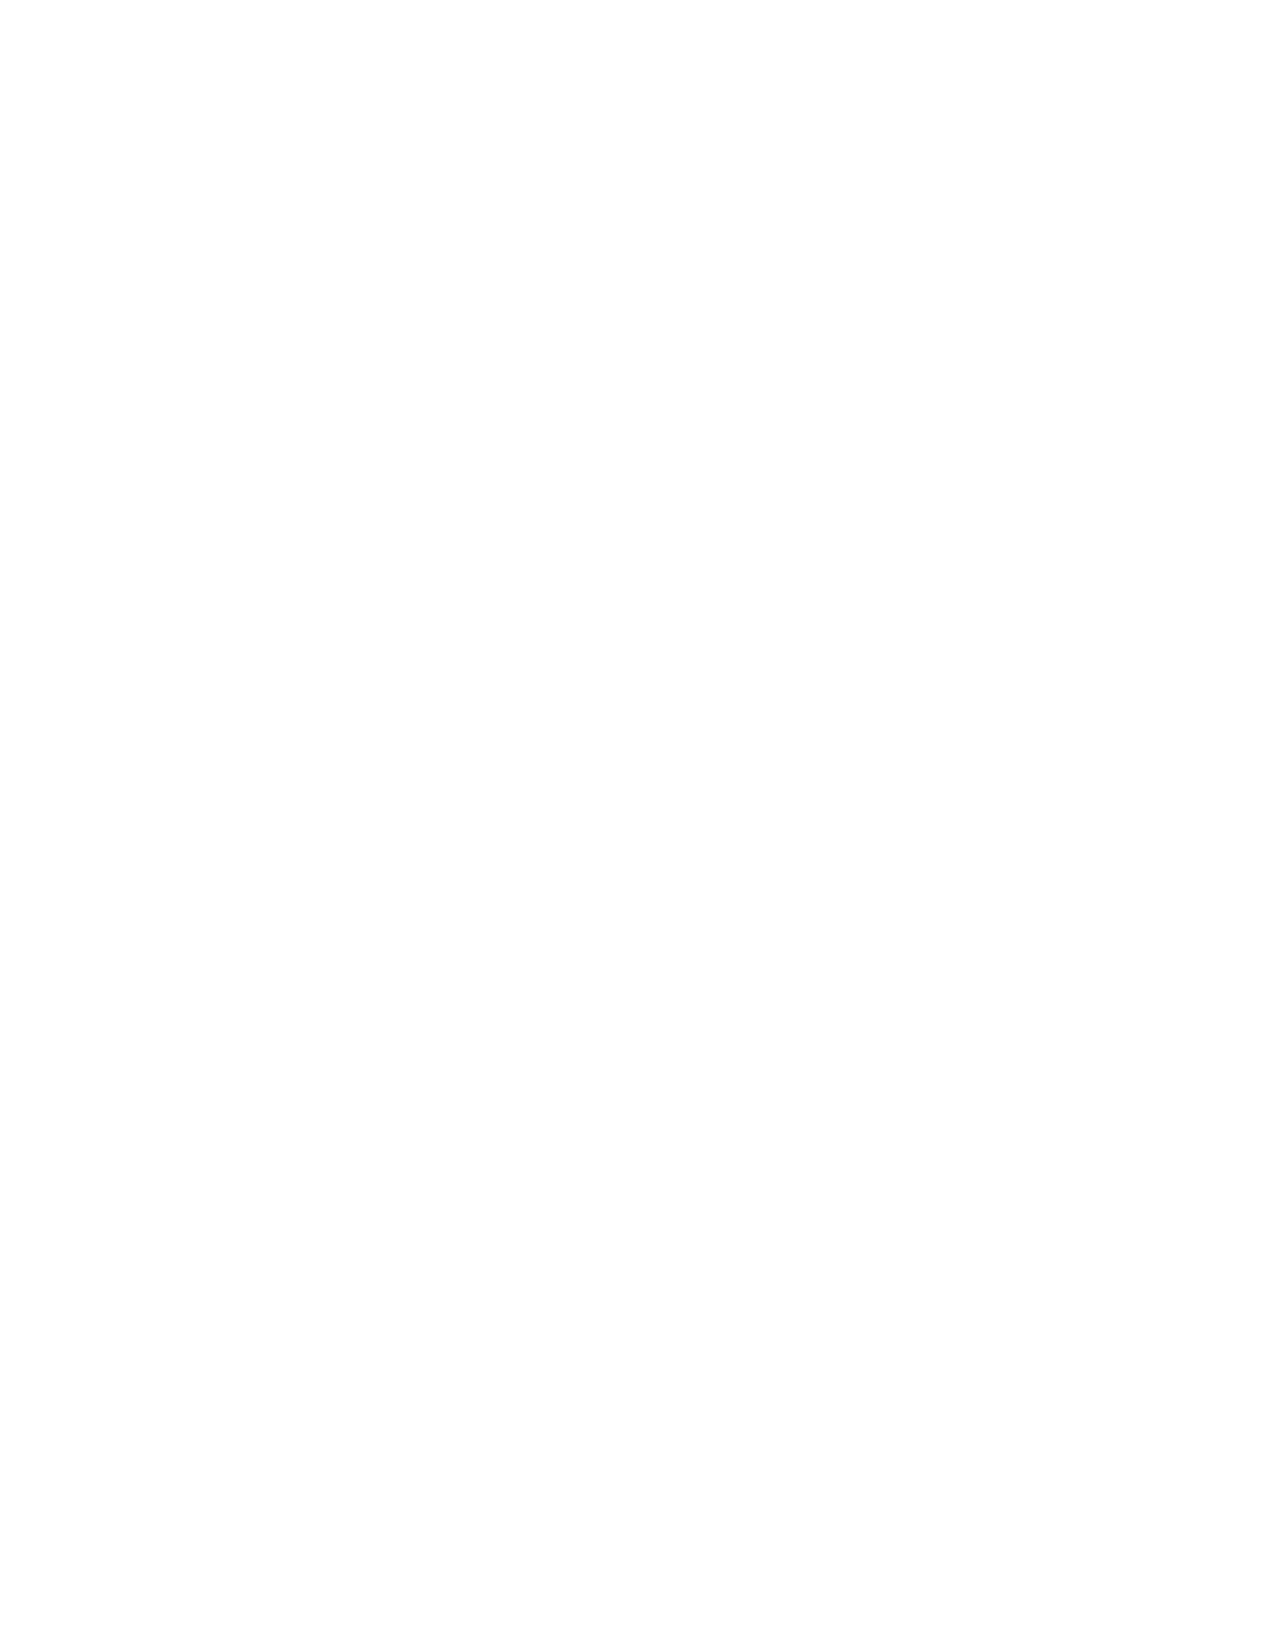
John Powell, J. J. Uren, and G. S. DeVoe, representing the council went to
 Brodhead, Clinton, and Sharon last week, to inspect lighting systems in those
 places. There seems to be a question as to whether an electric light or a gas plant
 will be put in.
 The council has come to no conclusion in the matter as there seems to be a
 division of opinion among the members. The plans and blue prints for the
 waterworks have been received from the engineer who was engaged to draw
 them. Regarding that system it has not been decided whether to use steam, water
 or gasoline power. If water power is used the power house will probably be
 located near where the old sawmill stood. If steam or gasoline is used the power
 will probably be located in the park.
 On  April 27, 1906 the village council decided to purchase the mill
 property for the sum of $4500, and use the water power for running the electric
 light plant and waterworks. While this will be a more expensive plant in the
 start, they calculate that in the end the saving will more than pay for the property
 as the water power can be used an average of ten months in the year. At
 Blanchardville it cost $600 last year for coal and the saving in this item would be
 considerable. Besides they expect to get some revenue from the mill during the
 day while the power is not required for other purposes.
 It was not suspected that the old mill was so nearly all in until May 25th,
 1906 when the workmen began to clear away to repair it. Then it was found that
 the husk frame and the timbers supporting the heavy machinery were rotted
 beyond repair, and that the building had slid toward the river until whole
 sections of joists had parted from the beams and were only supported by the old
 flooring planks. The north foundation had partly fallen, and one or two more
 cakes of ice striking it in the vulnerable point would have tumbled the whole
 structure into the river. Workmen began restoring the building and it will be put
 into good condition again.
 In July of 1906 the village purchased their first load of power poles which
 at that time were made from white cedar. At this point in time the village council
 voted to purchase 2 water wheels from the James Leffel Co.
 In August of 1906 the village council ordered a 60 Kw generator from
 Western Electric Co. for $610 and a switchboard from Adams Co. for $135. By
 October the water wheels had been set in the wheel pit at the power house and
 the machinery was being placed in position so that it could be attached to the
 dynamo as soon as it arrived. It was estimated that the village may have electric
 lights by the 20th of October, 1906. This did not mean however that the building
 would be completed by that time.